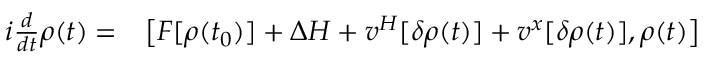
\begin{array} { r l } { i \frac { d } { d t } \rho ( t ) = } & { { } \big [ F [ \rho ( t _ { 0 } ) ] + \Delta H + v ^ { H } [ \delta \rho ( t ) ] + v ^ { x } [ \delta \rho ( t ) ] , \rho ( t ) \big ] } \end{array}